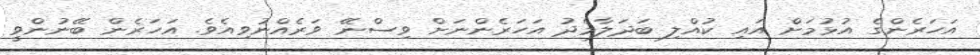
އަހަރެންގެ އުޅުމަށް އައި ކުއްލި ބަދަލާމެދު އަހަރެންނަށް ވިސްނޭ ވަރެއްނުވިއެވެ. އަހަރެން ބޭނުންވީ